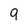
Character: 9